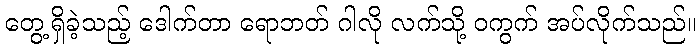
တွေ့ရှိခဲ့သည့် ဒေါက်တာ ရောဘတ် ဂါလို လက်သို့ ဝကွက် အပ်လိုက်သည်။